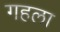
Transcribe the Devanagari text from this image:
गहला